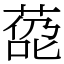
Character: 㗡